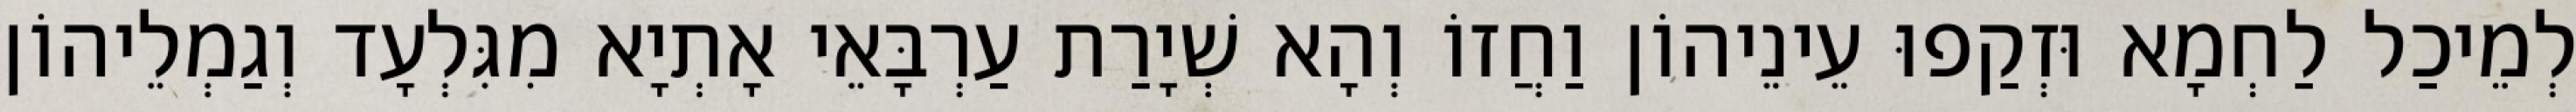
לְמֵיכַל לַחְמָא וּזְקַפוּ עֵינֵיהוֹן וַחֲזוֹ וְהָא שְׁיָרַת עַרְבָּאֵי אָתְיָא מִגִּלְעָד וְגַמְלֵיהוֹן